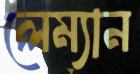
লেম্যান